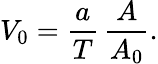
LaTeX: V_{0}=\frac{a}{T}\, \frac{A}{A_{0}}.